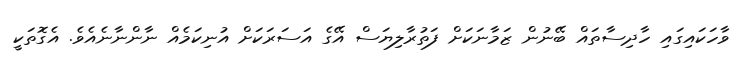
ވާހަކައިގައި ހާދިސާތައް ބޭނުން ޒަމާނަކަށް ފަތުރާލިޔަސް އޭގެ އަސަރަކަށް އުނިކަމެއް ނާންނާނެއެވެ. އެގޮތަކީ